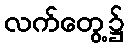
လက်တွေ့၌